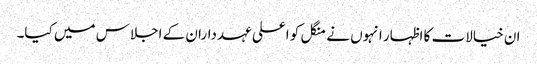
ان خیالات کا اظہار انہوں نے منگل کو اعلی عہدداران کے اجلاس میں کیا۔